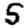
Digit: 5